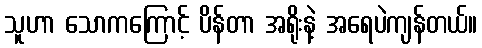
သူဟာ သောကကြောင့် ပိန်တာ အရိုးနဲ့ အရေပဲကျန်တယ်။